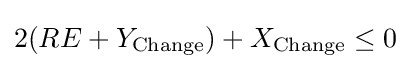
2(RE+Y_{\text{Change}})+X_{\text{Change}}\leq 0